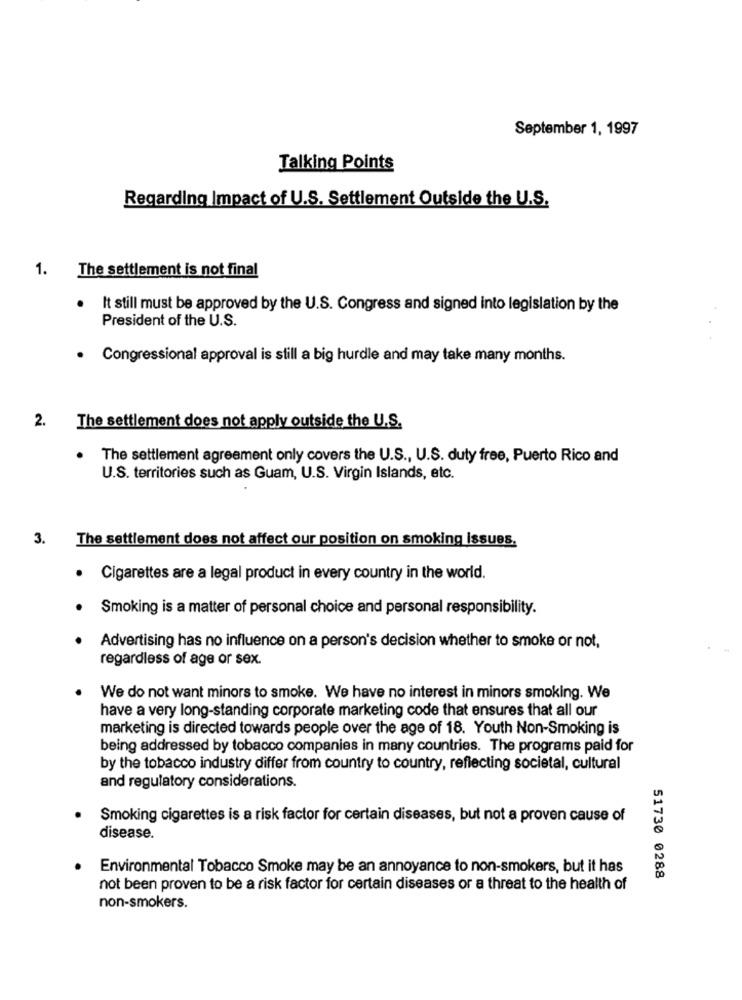
September 1, 1997
Talking Points
Regarding Impact of U.S. Settlement Outside the U.S.
1.
The settlement is not final
It still must be approved by the U.S. Congress and signed into legislation by the
President of the U.S.
· Congressional approval is still a big hurdle and may take many months.
2.
The settlement does not apply outside the U.S.
The settlement agreement only covers the U.S ., U.S. duty free, Puerto Rico and
U.S. territories such as Guam, U.S. Virgin Islands, etc.
3.
The settlement does not affect our position on smoking issues.
· Cigarettes are a legal product in every country in the world.
Smoking is a matter of personal choice and personal responsibility.
Advertising has no influence on a person's decision whether to smoke or not,
regardless of age or sex.
We do not want minors to smoke. We have no interest in minors smoking. We
have a very long-standing corporate marketing code that ensures that all our
marketing is directed towards people over the age of 18. Youth Non-Smoking is
being addressed by tobacco companies in many countries. The programs paid for
by the tobacco industry differ from country to country, reflecting societal, cultural
and regulatory considerations.
Smoking cigarettes is a risk factor for certain diseases, but not a proven cause of
disease.
Environmental Tobacco Smoke may be an annoyance to non-smokers, but it has
51730 0288
not been proven to be a risk factor for certain diseases or a threat to the health of
non-smokers.